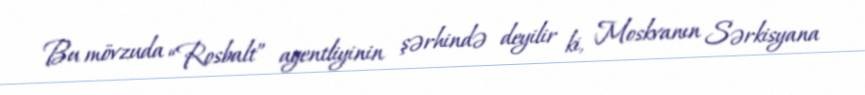
Bu mövzuda “Rosbalt” agentliyinin şərhində deyilir ki, Moskvanın Sərkisyana